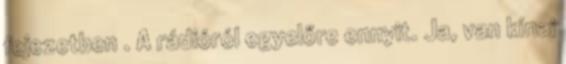
fejezetben . A rádióról egyelőre ennyit. Ja, van kínai